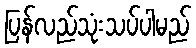
ပြန်လည်သုံးသပ်ပါမည်